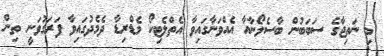
މި ނަތިޖާގެ ސަބަބުން ބާސެލޯނާއާ އެއްވަނާގައިވާ އެތްލެޓިކޯ މެޑްރިޑާ ދެމެދުގައިވާ ފަރަގުވަނީ ތިން